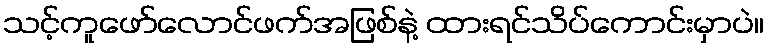
သင့်ကူဖော်လောင်ဖက်အဖြစ်နဲ့ ထားရင်သိပ်ကောင်းမှာပဲ။